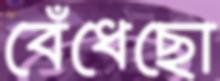
বেঁধেছো